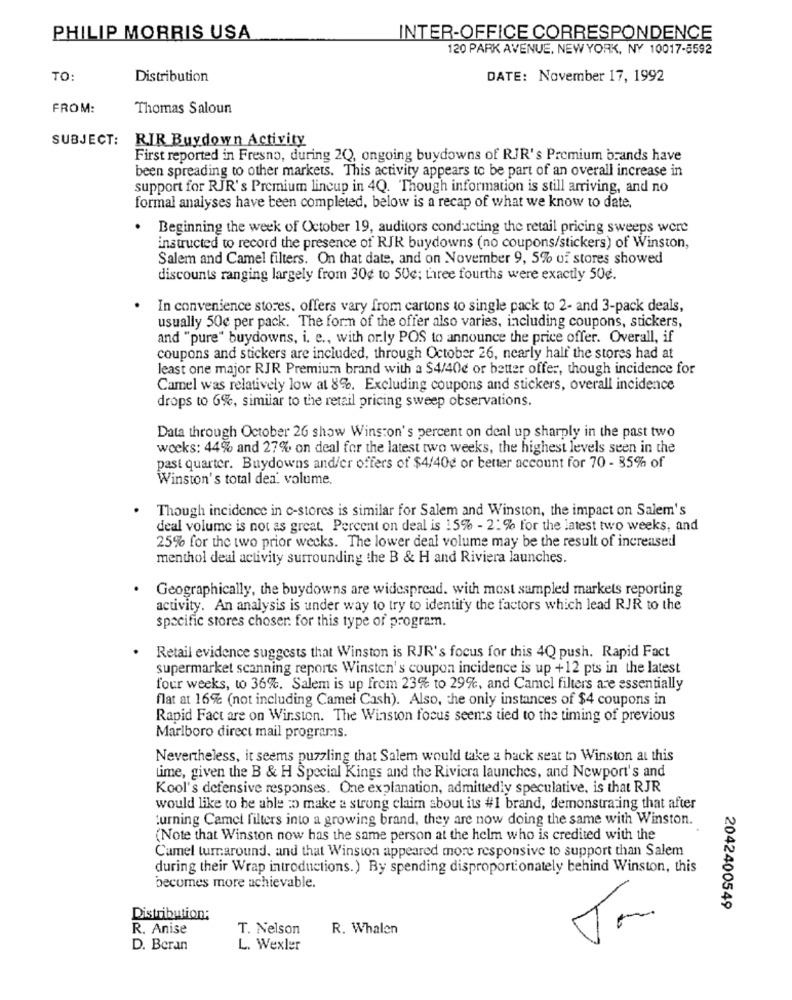
PHILIP MORRIS USA
INTER-OFFICE CORRESPONDENCE
120 PARK AVENUE, NEW YORK, NY 10017-5592
TO:
Distribution
DATE: November 17, 1992
FROM:
Thomas Saloun
SUBJECT:
RIR Buydown Activity
First reported in Fresno, during 2(), ongoing buydowns of RJR's Premium brands have
been spreading to other markets. This activity appears to be part of an overall increase in
support for RJR's Premium lincup in 4Q. Though information is still arriving, and no
formal analyses have been completed, below is a recap of what we know to date.
Beginning the week of October 19, auditors conducting the retail pricing sweeps were
instructed to record the presence of RJR buydowns (no coupons/stickers) of Winston,
Salem and Camel filters. On that date, and on November 9, 5% of stores showed
discounts ranging largely from 30¢ to 50c; taree fourths were exactly 50g.
In convenience stores. offers vary from cartons to single pack to 2- and 3-pack deals,
usually 50e per pack. The form of the offer also varies, including coupons, stickers,
and "pure" buydowns, i. e ., with or.ly POS to announce the price offer. Overall, if
coupons and stickers are included, through October 26, nearly half the stores had at
least one major RJR Premium brand with a $4/40c or better offer, though incidence for
Camel was relatively low at 8%. Excluding coupons and stickers, overall incidence
drops to 6%, similar to the retail pricing sweep observations.
Data through October 26 show Winston's percent on deal up sharply in the past two
weeks: 44% and 27% on deal for the latest two weeks, the highest levels seen in the
past quarter. Buydowns and/er offers of $4/402 or better account for 70 - 35% of
Winston's total dea volume.
Though incidence in c-stores is similar for Salem and Winston, the impact on Salem's
deal volume is not as great. Percent on deal is 15% - 2: % for the latest two weeks, and
25% for the two prior weeks. The lower deal volume may be the result of increased
menthol deal activity surrounding the B & H and Riviera launches.
Geographically, the buydowns are widespread. with most sampled markets reporting
activity. An analysis is under way to try to identify the factors which lead RJR to the
specific stores choser. for this type of program.
Retail evidence suggests that Winston is RJR's focus for this 4Q push. Rapid Fact
supermarket scanning reports Winsten's coupon incidence is up +12 pts in the latest
four weeks, to 36%. Salem is up from 23% to 29%, and Camel filters are essentially
flat at 16% (not including Camel Cash). Also, the only instances of $4 coupons in
Rapid Fact are on Wirston. The Winston focus seems tied to the timing of previous
Marlboro direct mail programs.
Nevertheless, it seems puzzling that Salem would take a back seat to Winston at this
time, given the B & H Special Kings and the Riviera launches, and Newport's and
Kool's defensive responses. One explanation, admittedly speculative, is that RJR
would like to be able to make a strong claim about its #1 brand, demonstrating that after
turning Camel filters into a growing brand, they are now doing the same with Winston.
(Note that Winston now has the same person at the helm who is credited with the
Camel turnaround, and that Winston appeared more responsive to support than Salem
during their Wrap introductions.) By spending disproportionately behind Winston, this
becomes more achievable.
2042400549
Distribution:
R. Anise
T. Nelson
R. Whalen
D. Beran
L. Wexler